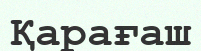
Қарағаш